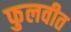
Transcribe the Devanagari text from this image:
फुलवीत